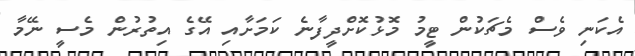
އެކަނި ވެސް މެޗަކުން ޓީމު މޮޅުކޮށްދީފާނެ ކަމަށާއި އޭގެ އިތުރުން މެސީ ނޭމާ